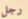
رجل